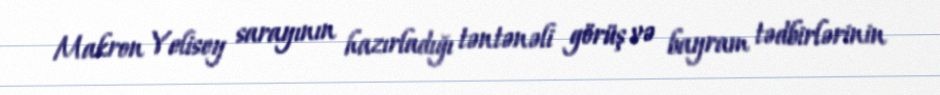
Makron Yelisey sarayının hazırladığı təntənəli görüş və bayram tədbirlərinin